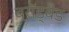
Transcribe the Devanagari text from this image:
ब्रॉड्बैंड